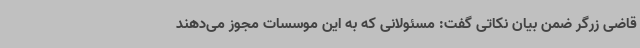
قاضی زرگر ضمن بیان نکاتی گفت: مسئولانی که به این موسسات مجوز می‌دهند